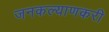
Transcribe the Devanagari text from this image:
जनकल्याणकरी